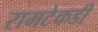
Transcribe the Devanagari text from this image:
रामटेकडी